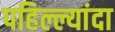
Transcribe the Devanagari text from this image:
पहिल्ल्यांदा